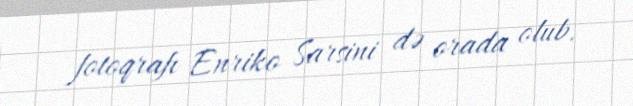
fotoqrafı Enriko Sarsini də orada olub.